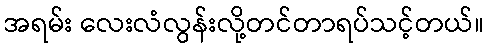
အရမ်း လေးလံလွန်းလို့တင်တာရပ်သင့်တယ်။